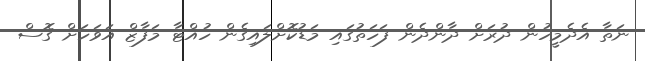
ނަތާ އެދެމީހުން ދުރަށް ދާންދެން ފަހަތުގައި މަޑުކޮށްލައިގެން ހުއްޓާ މަފާޒް އަވަހަށް ގޮސް